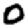
Digit: 0